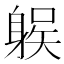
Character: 𨉛